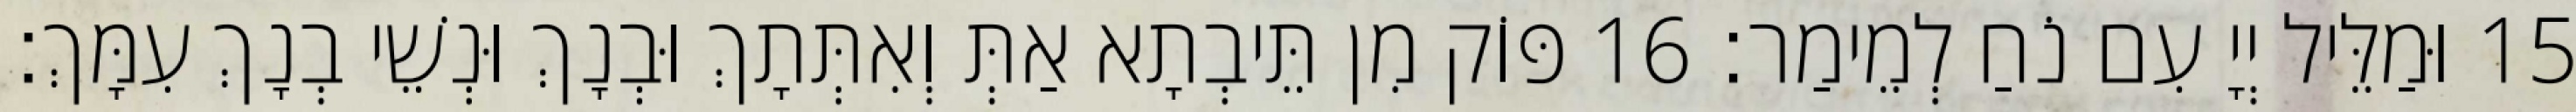
15 וּמַלֵּיל יְיָ עִם נֹחַ לְמֵימַר׃ 16 פּוֹק מִן תֵּיבְתָא אַתְּ וְאִתְּתָךְ וּבְנָךְ וּנְשֵׁי בְנָךְ עִמָּךְ׃